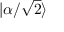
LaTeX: | \alpha / { \sqrt { 2 } } \rangle